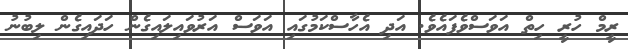
ރީމް ހުރީ ހިތް އަވަސްވެފައެވެ. އަދި އެހާސްކަމުގައި އަވަސް އަރުވައިލައިގެން ހަދައިގެން ލިބުނު